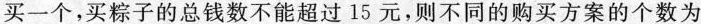
买粽子的总钱数不能超过15元，则不同的购买方案的个数为